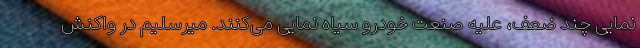
نمایی چند ضعف، علیه صنعت خودرو سیاه نمایی می‌کنند. میرسلیم در واکنش